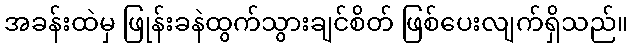
အခန်းထဲမှ ဖြုန်းခနဲထွက်သွားချင်စိတ် ဖြစ်ပေးလျက်ရှိသည်။